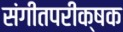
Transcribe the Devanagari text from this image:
संगीतपरीक्षक